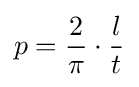
p={\frac {2}{\pi }}\cdot {\frac {l}{t}}